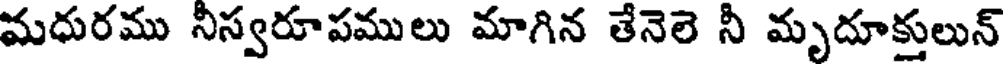
మధురము నీస్వరూపములు మాగిన తేనెలె నీ మృదూక్తులున్